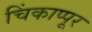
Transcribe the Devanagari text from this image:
चिंकाप्पूर